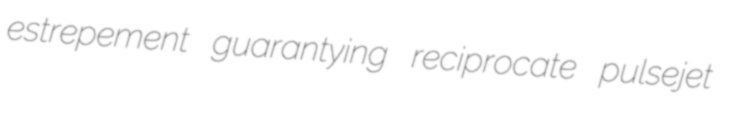
estrepement guarantying reciprocate pulsejet